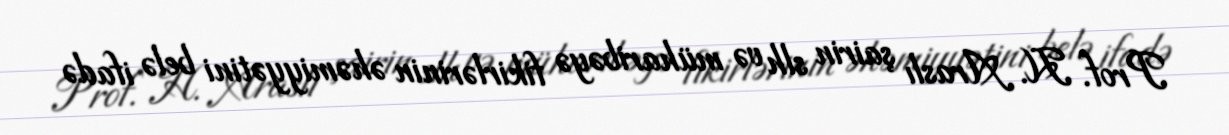
Prof. H. Araslı şairin slh və müharibəyə fikirlərinin əhəmiyyətini belə ifadə